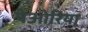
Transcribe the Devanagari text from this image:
पेओरिया